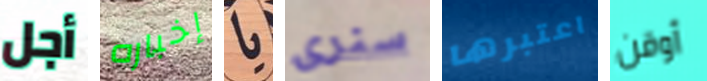
أجل إخباره يا سنرى اعتبرها أوقن